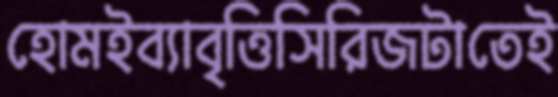
হোমইব্যাবৃত্তিসিরিজটাতেই